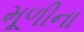
મૂળીના